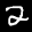
Label: 2